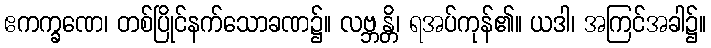
ဧကက္ခဏေ၊ တစ်ပြိုင်နက်သောခဏ၌။ လဗ္ဘန္တိ၊ ရအပ်ကုန်၏။ ယဒါ၊ အကြင်အခါ၌။